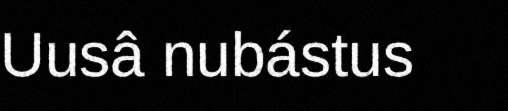
Uusâ nubástus